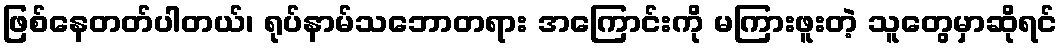
ဖြစ်နေတတ်ပါတယ်၊ ရုပ်နာမ်သဘောတရား အကြောင်းကို မကြားဖူးတဲ့ သူတွေမှာဆိုရင်